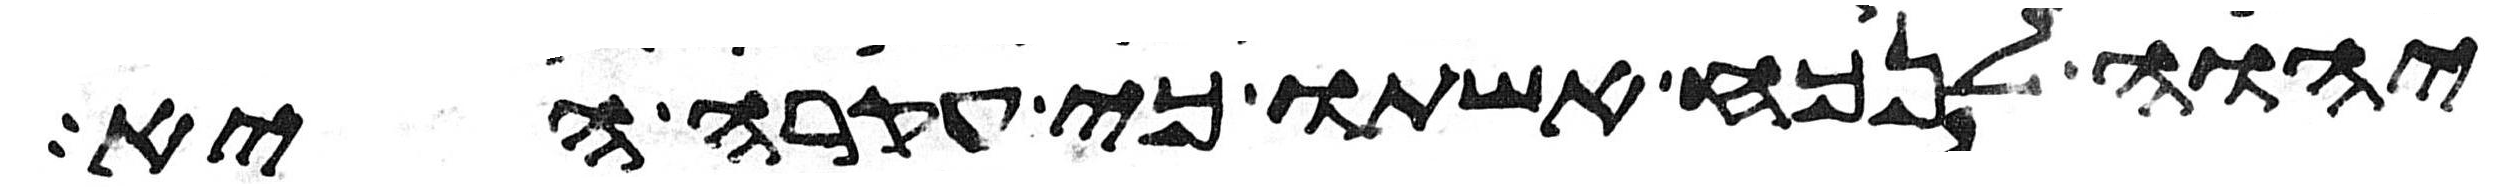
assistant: יהוה לנכח אשתו כי עקרה היא